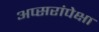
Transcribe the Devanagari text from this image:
अप्सरांपेक्षा